Annual report of the Prince of Wales Medical College, Patna
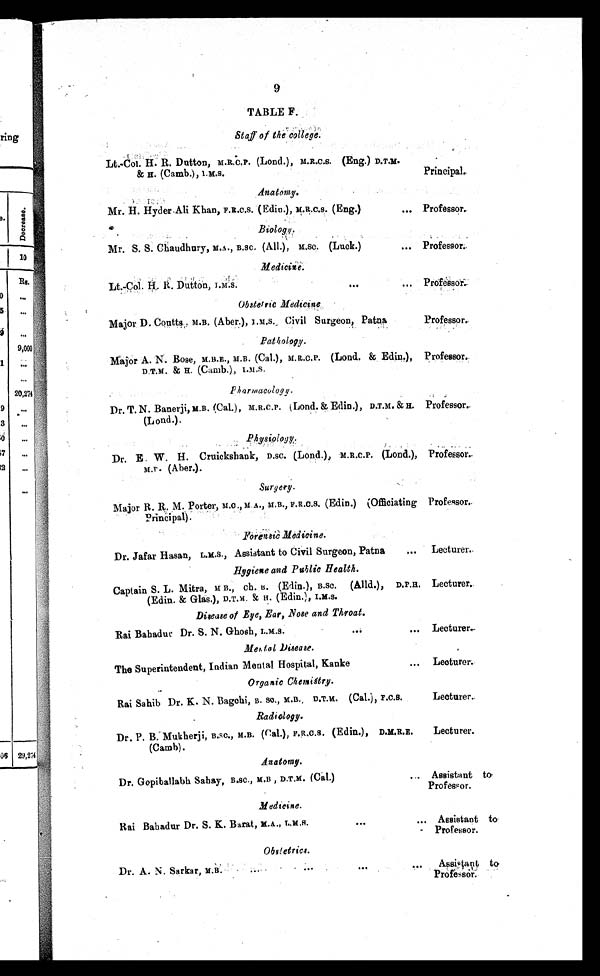
9
TABLE F.
Staff of the college .
Lt.-Col. H. R. Dutton, M.R.C.P. (Lond.), M.R.C.S. (Eng.) D.T.H.
& H. (Camb.), I.M.S.
Principal.
Anatomy.
Mr. H. Hyder Ali Khan, F.R.C.S. (Edin.), M.R.C.S. (Eng.)
... Professor.
Biology .
Mr. S. S. Chadhury, M.A., B .SC. (All.), M.SC. (Luck.)
... P r o f e s s o r .
Medicine.
Lt.-Col. H.R. Dutton , I.M.S.
. . .
... Professor.
Obstetric Medicine
Major D. Coutts., M.B. (Aber.), I.M.S. Civil Surgeon, Patna
Professor.
Pathology .
Major A. N. Bose, M.B.E., M.B. (Cal.), M.R.C.P. (Lond. & Edin.),
D.T.M. & H. (Camb.)., I.M.S.
Professor.
P h a r m a c o l o g y
.
Dr. T. N. Banerji, M.B. (Cal.), M.R.C.P. (Lond. & Edin.), D.T.M. & H.
(Lond.).
Professor.
Physiology .
Dr. E. W. H. Cruickshank, D.sc. (Lond.), M.R.C.P. (Lond.),
M . D . ( A b e r . ) .
Professor.
Surgery .
Major R. R. M. Porter, M.O., M.A., M.B., F .R.C.S. (Edin.) (Officiating
P r i n c i p a l ) .
Professor.
F o r e n s i c M e d i c i n e
.
Dr. Jafar Hasan, L.M.S., Assistant to Civil Surgeon, Patna
...
Lecturer.
H y g i e n e a n d P u b l i c H e a l t h
.
Captain S. L. Mitra, M B., ch. B. (Edin.), B.Sc. (Alld.), D.P.H.
(Edin. & Glas.), D.T.M. & H. (Edin.), I.M.S.
Lecturer.
Disease of Eye, Ear, Nose and Throat .
Rai Bahadur Dr. S. N. Ghosh, I.M.S.
...
... Lecturer.
Mental Disease .
The Superintendent, Indian Mental Hospital, Kanke
... Lecturer.
Organic Chemistry .
Rai Sahib Dr. K. N. Bagchi, B. SC., M.B. D.T.H. (Cal.), F.C.S.
Lecturer.
Radiology .
Dr. P. B. Mukherji, B.SC., M.B. (Cal.), F. R.C.S. (Edin.), D.M.R.E.
(Camb).
Lecturer.
Anatomy .
Dr. Gopiballabh Sahay, B.SC., M.B , D.T.M. (Cal.)
... Assistant to
Professor.
Medicine .
Rai Bahadur Dr. S. K. Barat, M.A., L.M.S.
. . .
... Assistant to
Professor.
Obstetrics.
Dr. A. N. Sarkar, M.B.
. . .
. . .
. . .
...
Assistant to
Professor.